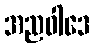
အညဝါဒေ